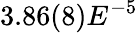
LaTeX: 3.86(8)E^{-5}